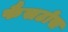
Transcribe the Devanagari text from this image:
फैसटोस